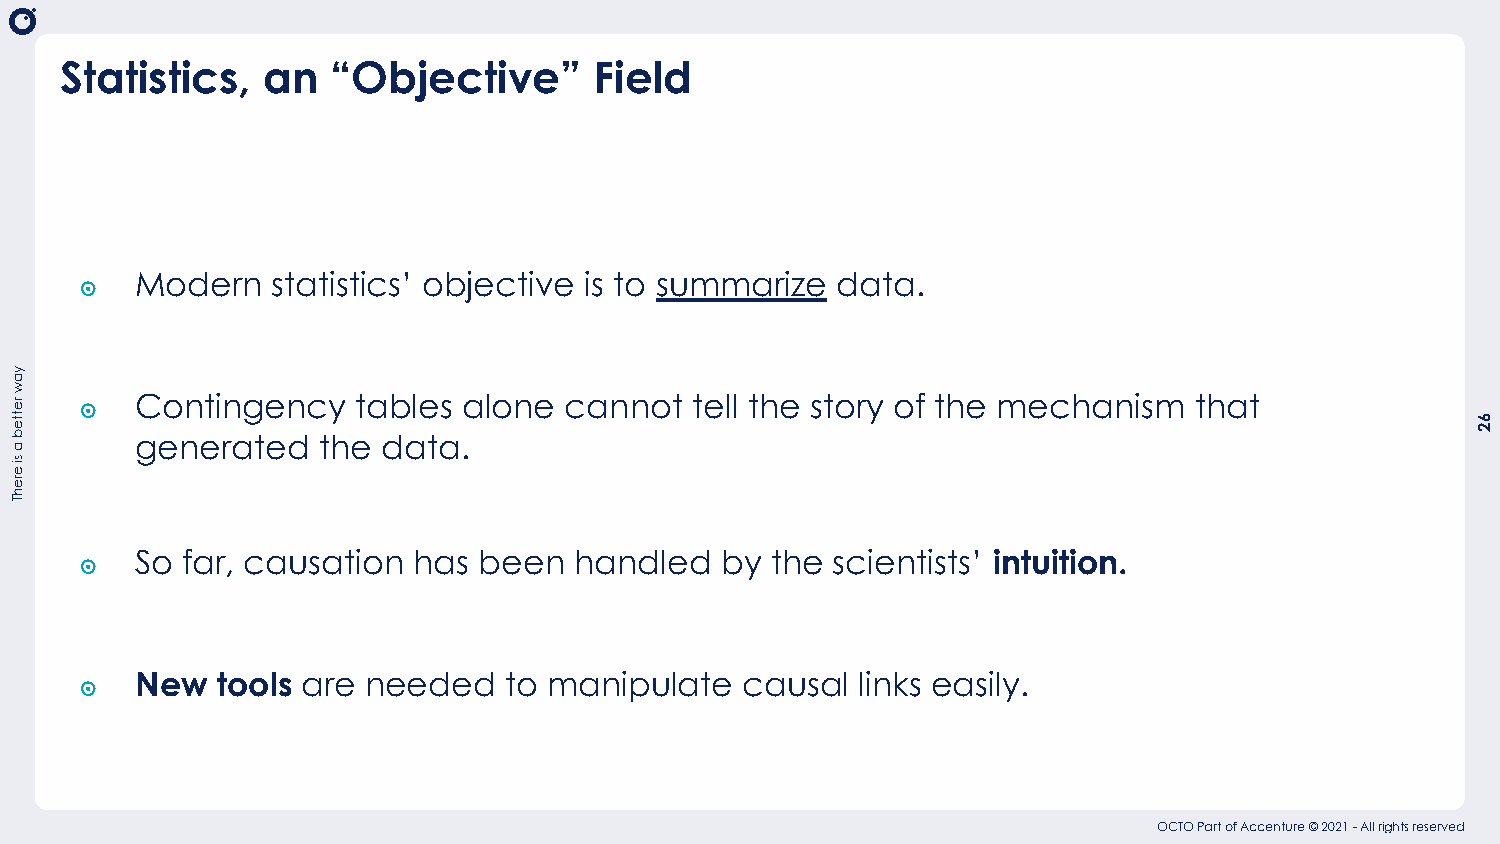
Statistics,  an   “Objective”      Field
 ๏   Modern   statistics’ objective is to summarize data.
 ๏   Contingency    tables alone cannot   tell the story of the mechanism  that
 generated   the data.
 ๏   So far, causation has  been  handled   by the scientists’ intuition.
 ๏   New  tools are needed   to manipulate   causal  links easily.
 OCTO Part of Accenture © 2021 - All rights reserved
 yaw
 retteb
 a
 si
 erehT
 62